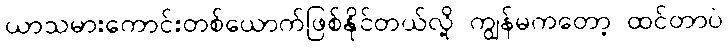
ယာသမားကောင်းတစ်ယောက်ဖြစ်နိုင်တယ်လို့ ကျွန်မကတော့ ထင်တာပဲ